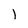
Character: 1